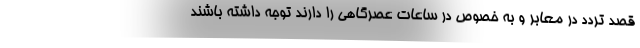
قصد تردد در معابر و به خصوص در ساعات عصرگاهی را دارند توجه داشته باشند